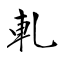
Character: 軋